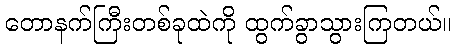
တောနက်ကြီးတစ်ခုထဲကို ထွက်ခွာသွားကြတယ်။